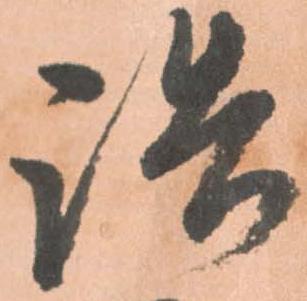
詰